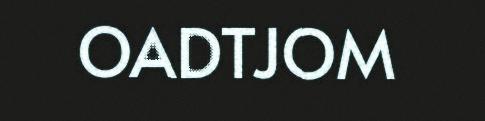
OADTJOM